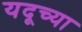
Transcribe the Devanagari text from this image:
यदूच्या